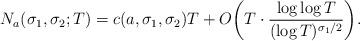
LaTeX: \begin{align*}N_a(\sigma_1,\sigma_2; T)=c(a,\sigma_1,\sigma_2) T+O\bigg(T \cdot \frac{\log \log T}{(\log T)^{\sigma_1/2}} \bigg).\end{align*}